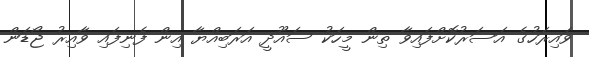
ވައިރަހުގެ އަސަރުކޮށްފައިވާ ތިން މީހަކު ސައޫދީ އަރަބިއްޔާ އިން ފެނިފައި ވާއިރު ޖޯޑަން